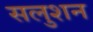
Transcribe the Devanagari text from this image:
सलुशन